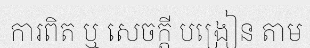
ការពិត ឬ សេចក្តី បង្រៀន តាម